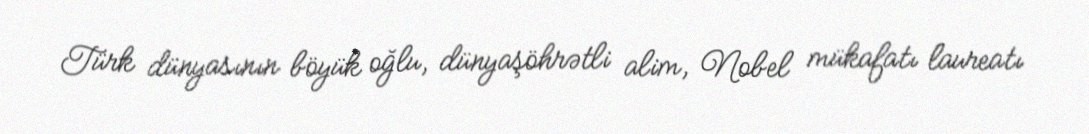
Türk dünyasının böyük oğlu, dünyaşöhrətli alim, Nobel mükafatı laureatı